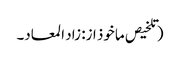
(تلخیص ماخوذ از: زاد المعاد۔